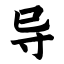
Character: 导